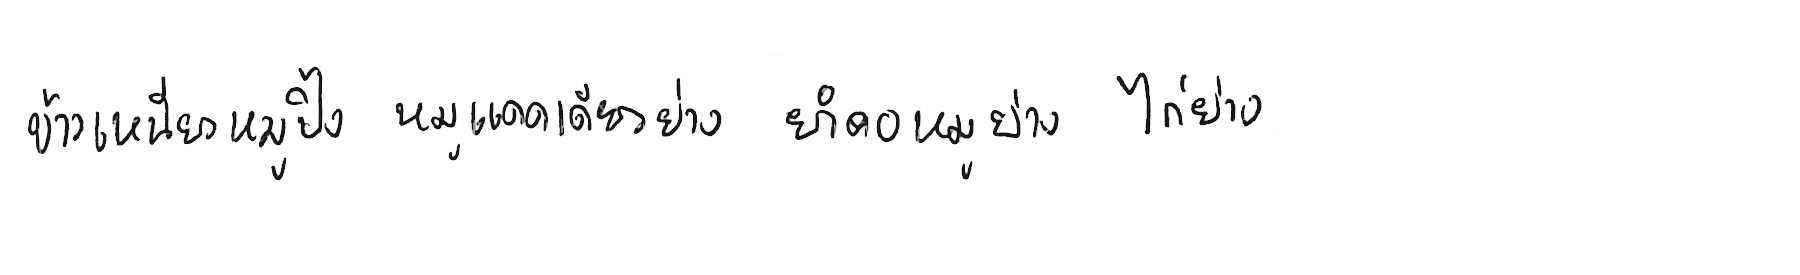
ข้าวเหนียวหมูปิ้ง หมูแดดเดียวย่าง ยำคอหมูย่าง ไก่ย่าง